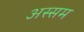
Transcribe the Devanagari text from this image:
अस्सम